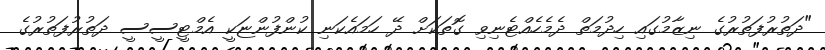
"ދަތުރުފަތުރުގެ ނިޒާމުގައި ހިދުމަތް ދެމެހެއްޓެނިވި ގޮތަކަށް ދޭ ހަމައެކަނި ކުންފުންޏަކީ އެމްޓީސީސީ ދަތުރުފަތުރުގެ